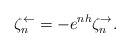
\begin{align*}\zeta_n^\leftarrow = - e^{nh} \zeta_n^\rightarrow.\end{align*}